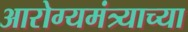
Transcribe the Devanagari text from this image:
आरोग्यमंत्र्याच्या